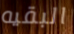
البقيه